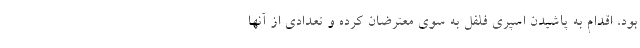
بود، اقدام به پاشیدن اسپری فلفل به سوی معترضان کرده و تعدادی از آنها